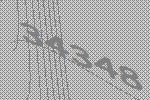
34348